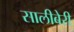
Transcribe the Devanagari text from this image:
सालीबेरी